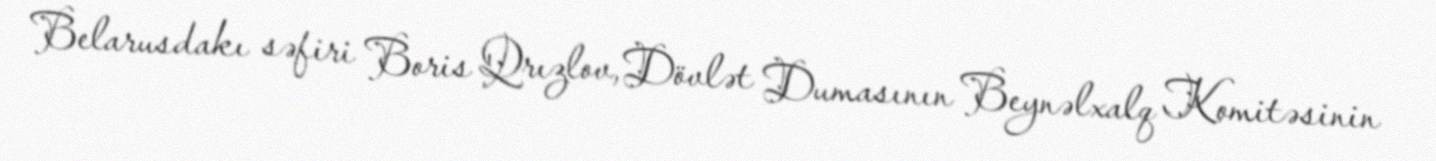
Belarusdakı səfiri Boris Qrızlov, Dövlət Dumasının Beynəlxalq Komitəsinin